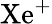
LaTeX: \mathrm{Xe^{+}}